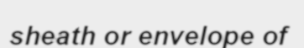
sheath or envelope of